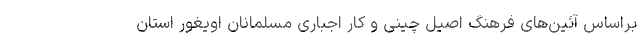
براساس آئین‌های فرهنگ اصیل چینی و کار اجباری مسلمانان اویغور استان